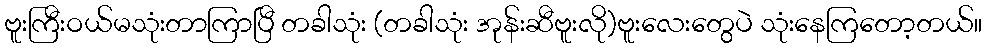
ဗူးကြီးဝယ်မသုံးတာကြာပြီ တခါသုံး (တခါသုံး အုန်းဆီဗူးလို)ဗူးလေးတွေပဲ သုံးနေကြတော့တယ်။